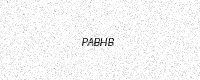
Text: PABHB